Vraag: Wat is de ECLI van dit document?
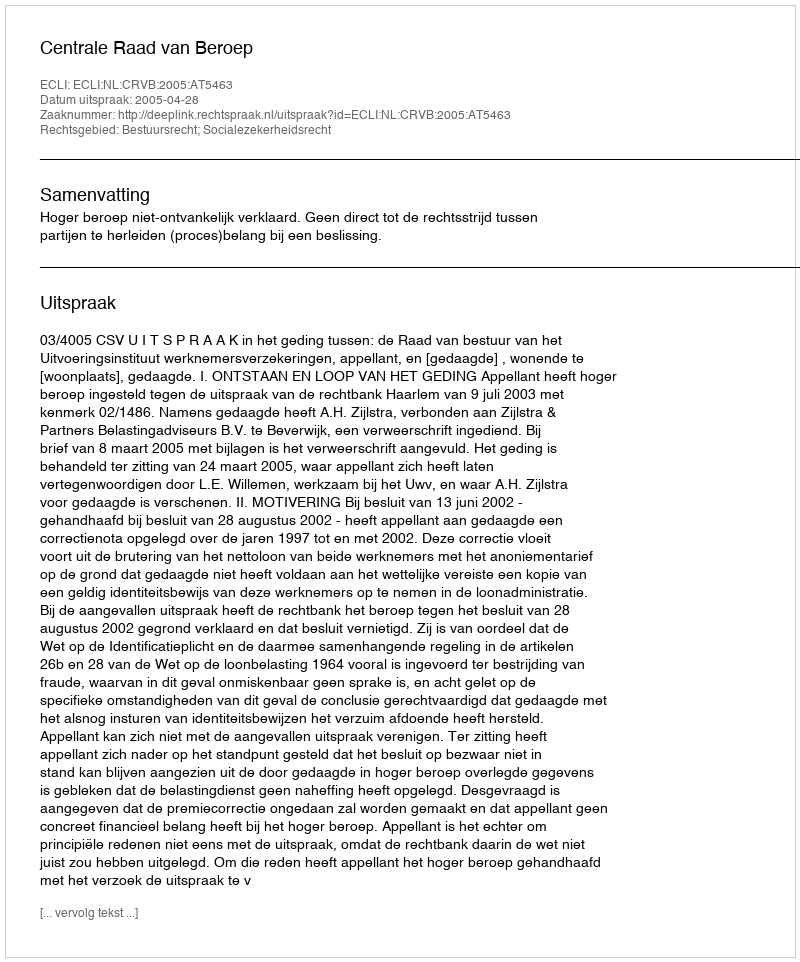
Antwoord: ECLI:NL:CRVB:2005:AT5463